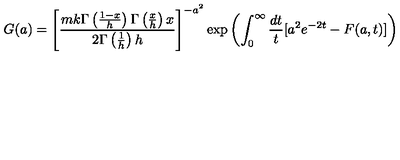
G ( a ) = \left[ \frac { m k \Gamma \left( \frac { 1 - x } { h } \right) \Gamma \left( \frac { x } { h } \right) x } { 2 \Gamma \left( \frac { 1 } { h } \right) h } \right] ^ { - a ^ { 2 } } \exp \left( \int _ { 0 } ^ { \infty } \frac { d t } { t } [ a ^ { 2 } e ^ { - 2 t } - F ( a , t ) ] \right)